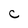
Character: C